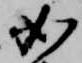
如